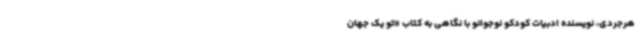
هرجردی، نویسنده ادبیات کودکو نوجوانو با نگاهی به کتاب «تو یک جهان